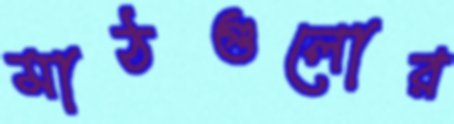
মাঠগুলোর